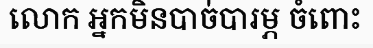
លោក អ្នកមិនបាច់បារម្ភ ចំពោះ